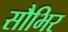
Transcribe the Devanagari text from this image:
सौभिर